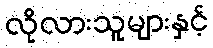
လိုလားသူများနှင့်